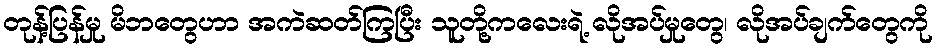
တုန့်ပြန်မှု မိဘတွေဟာ အကဲဆတ်ကြပြီး သူတို့ကလေးရဲ့ လိုအပ်မှုတွေ၊ လိုအပ်ချက်တွေကို